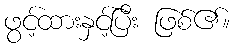
ဖွင့်ထားနှင့်ပြီး ဖြစ်၏။